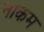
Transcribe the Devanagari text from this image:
नाकम